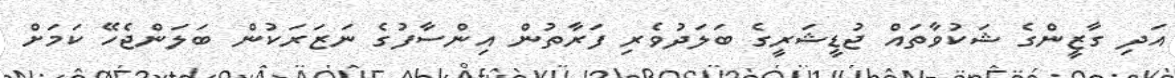
އަދި ގާޒީންގެ ޝަކުވާތައް ޖުޑީޝަރީގެ ބަލަދުވެރި ފަރާތުން އިންސާފުގެ ނަޒަރަކުން ބަލަންޖެހޭ ކަމަށް